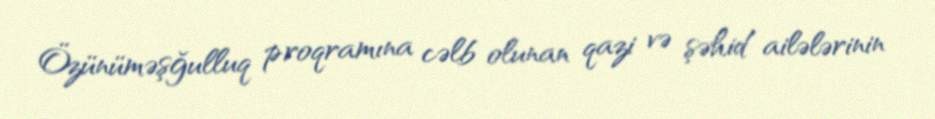
Özünüməşğulluq proqramına cəlb olunan qazi və şəhid ailələrinin